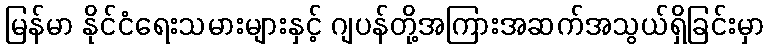
မြန်မာ နိုင်ငံရေးသမားများနှင့် ဂျပန်တို့အကြားအဆက်အသွယ်ရှိခြင်းမှာ